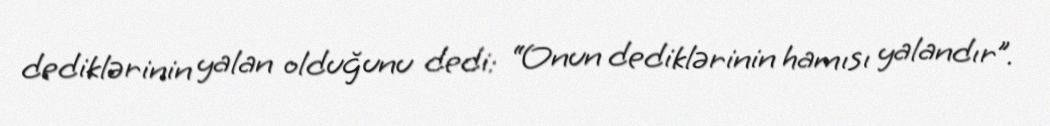
dediklərinin yalan olduğunu dedi: “Onun dediklərinin hamısı yalandır”.